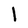
Character: l